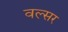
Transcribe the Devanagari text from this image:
वल्सर